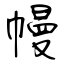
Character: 幔